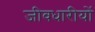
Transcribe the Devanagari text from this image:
जीवधारीयों